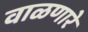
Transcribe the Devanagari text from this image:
वाळणारे